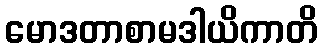
မောဒတာစာမဒါယိကာတိ